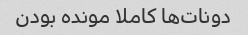
دونات‌ها کاملا مونده بودن